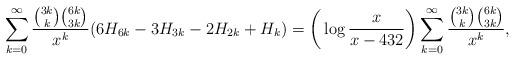
LaTeX: \begin{align*}&\sum_{k=0}^{\infty}\frac{\binom{3k}{k}\binom{6k}{3k}}{x^k}(6H_{6k}-3H_{3k}-2H_{2k}+H_k)=\bigg(\log\frac{x}{x-432}\bigg)\sum_{k=0}^{\infty}\frac{\binom{3k}{k}\binom{6k}{3k}}{x^k},\end{align*}